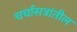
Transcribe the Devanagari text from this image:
चर्चासत्रांतील